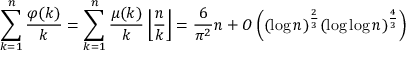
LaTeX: \sum _ { k = 1 } ^ { n } { \frac { \varphi ( k ) } { k } } = \sum _ { k = 1 } ^ { n } { \frac { \mu ( k ) } { k } } \left\lfloor { \frac { n } { k } } \right\rfloor = { \frac { 6 } { \pi ^ { 2 } } } n + O \left( ( \log n ) ^ { \frac { 2 } { 3 } } ( \log \log n ) ^ { \frac { 4 } { 3 } } \right)